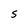
Character: S